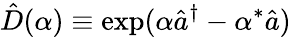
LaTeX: \hat{D}(\alpha)\equiv\exp(\alpha\hat{a}^{\dagger}-\alpha^{*}\hat{a})